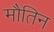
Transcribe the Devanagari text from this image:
मौतिन